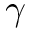
\gamma